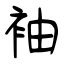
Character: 袖